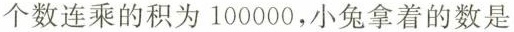
个数连乘的积为100000，小兔拿着的数是